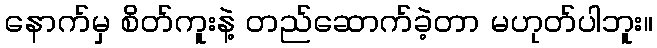
နောက်မှ စိတ်ကူးနဲ့ တည်ဆောက်ခဲ့တာ မဟုတ်ပါဘူး။